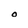
Character: O